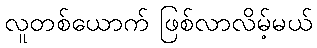
လူတစ်ယောက် ဖြစ်လာလိမ့်မယ်